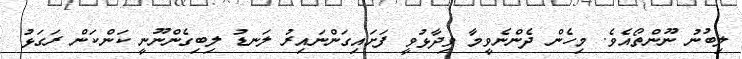
ލިބުނު ނޫންތޯއެވެ. މިހެން ދެންނެވީމާ ވިދާޅުވީ ފަށައިގަންނައިރު ލަނޑު ލިބިގެންނޫނީ ކަންކަން ރަގަޅު